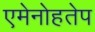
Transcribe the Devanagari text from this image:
एमेनोहतेप